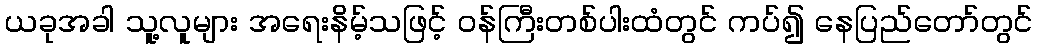
ယခုအခါ သူ့လူများ အရေးနိမ့်သဖြင့် ဝန်ကြီးတစ်ပါးထံတွင် ကပ်၍ နေပြည်တော်တွင်